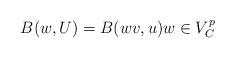
LaTeX: \begin{align*} B(w,U)= B(wv,u) w \in V^p_C \end{align*}